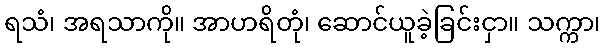
ရသံ၊ အရသာကို။ အာဟရိတုံ၊ ဆောင်ယူခဲ့ခြင်းငှာ။ သက္ကာ၊